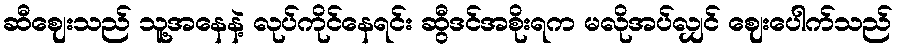
ဆီဈေးသည် သူ့အနေနဲ့ လုပ်ကိုင်နေရင်း ဆွီဒင်အစိုးရက မလိုအပ်လျှင် ဈေးပေါက်သည်